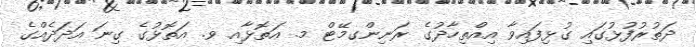
ދަތުރުފުޅުގައި ގުޅިފައިވާ އިއްތިހާދުގެ ރަނިންގމޭޓް މ. އަތޮޅާއި ވ. އަތޮޅުގެ ގިނަ އަދަދެއްގެ